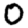
Digit: 0